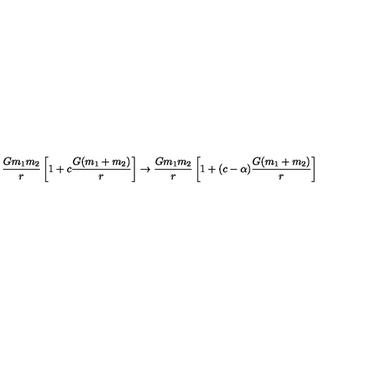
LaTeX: \frac { G m _ { 1 } m _ { 2 } } { r } \left[ 1 + c \frac { G ( m _ { 1 } + m _ { 2 } ) } { r } \right] \rightarrow \frac { G m _ { 1 } m _ { 2 } } { r } \left[ 1 + ( c - \alpha ) \frac { G ( m _ { 1 } + m _ { 2 } ) } { r } \right]